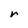
Character: r